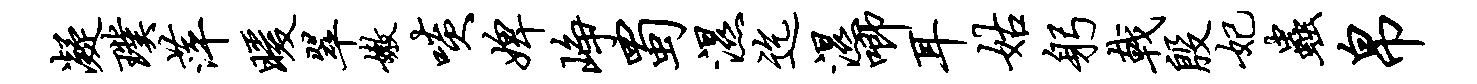
凝璞萍暖翠嫩啖婢峥蜀湿迄湿唧耳姑躬戟殷妃虫帛